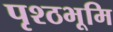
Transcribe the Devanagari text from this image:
पृश्ठभूमि